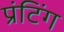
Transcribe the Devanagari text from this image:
प्रंटिंग